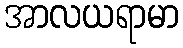
အာလယရာမာ